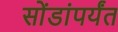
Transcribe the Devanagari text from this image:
सोंडांपर्यंत